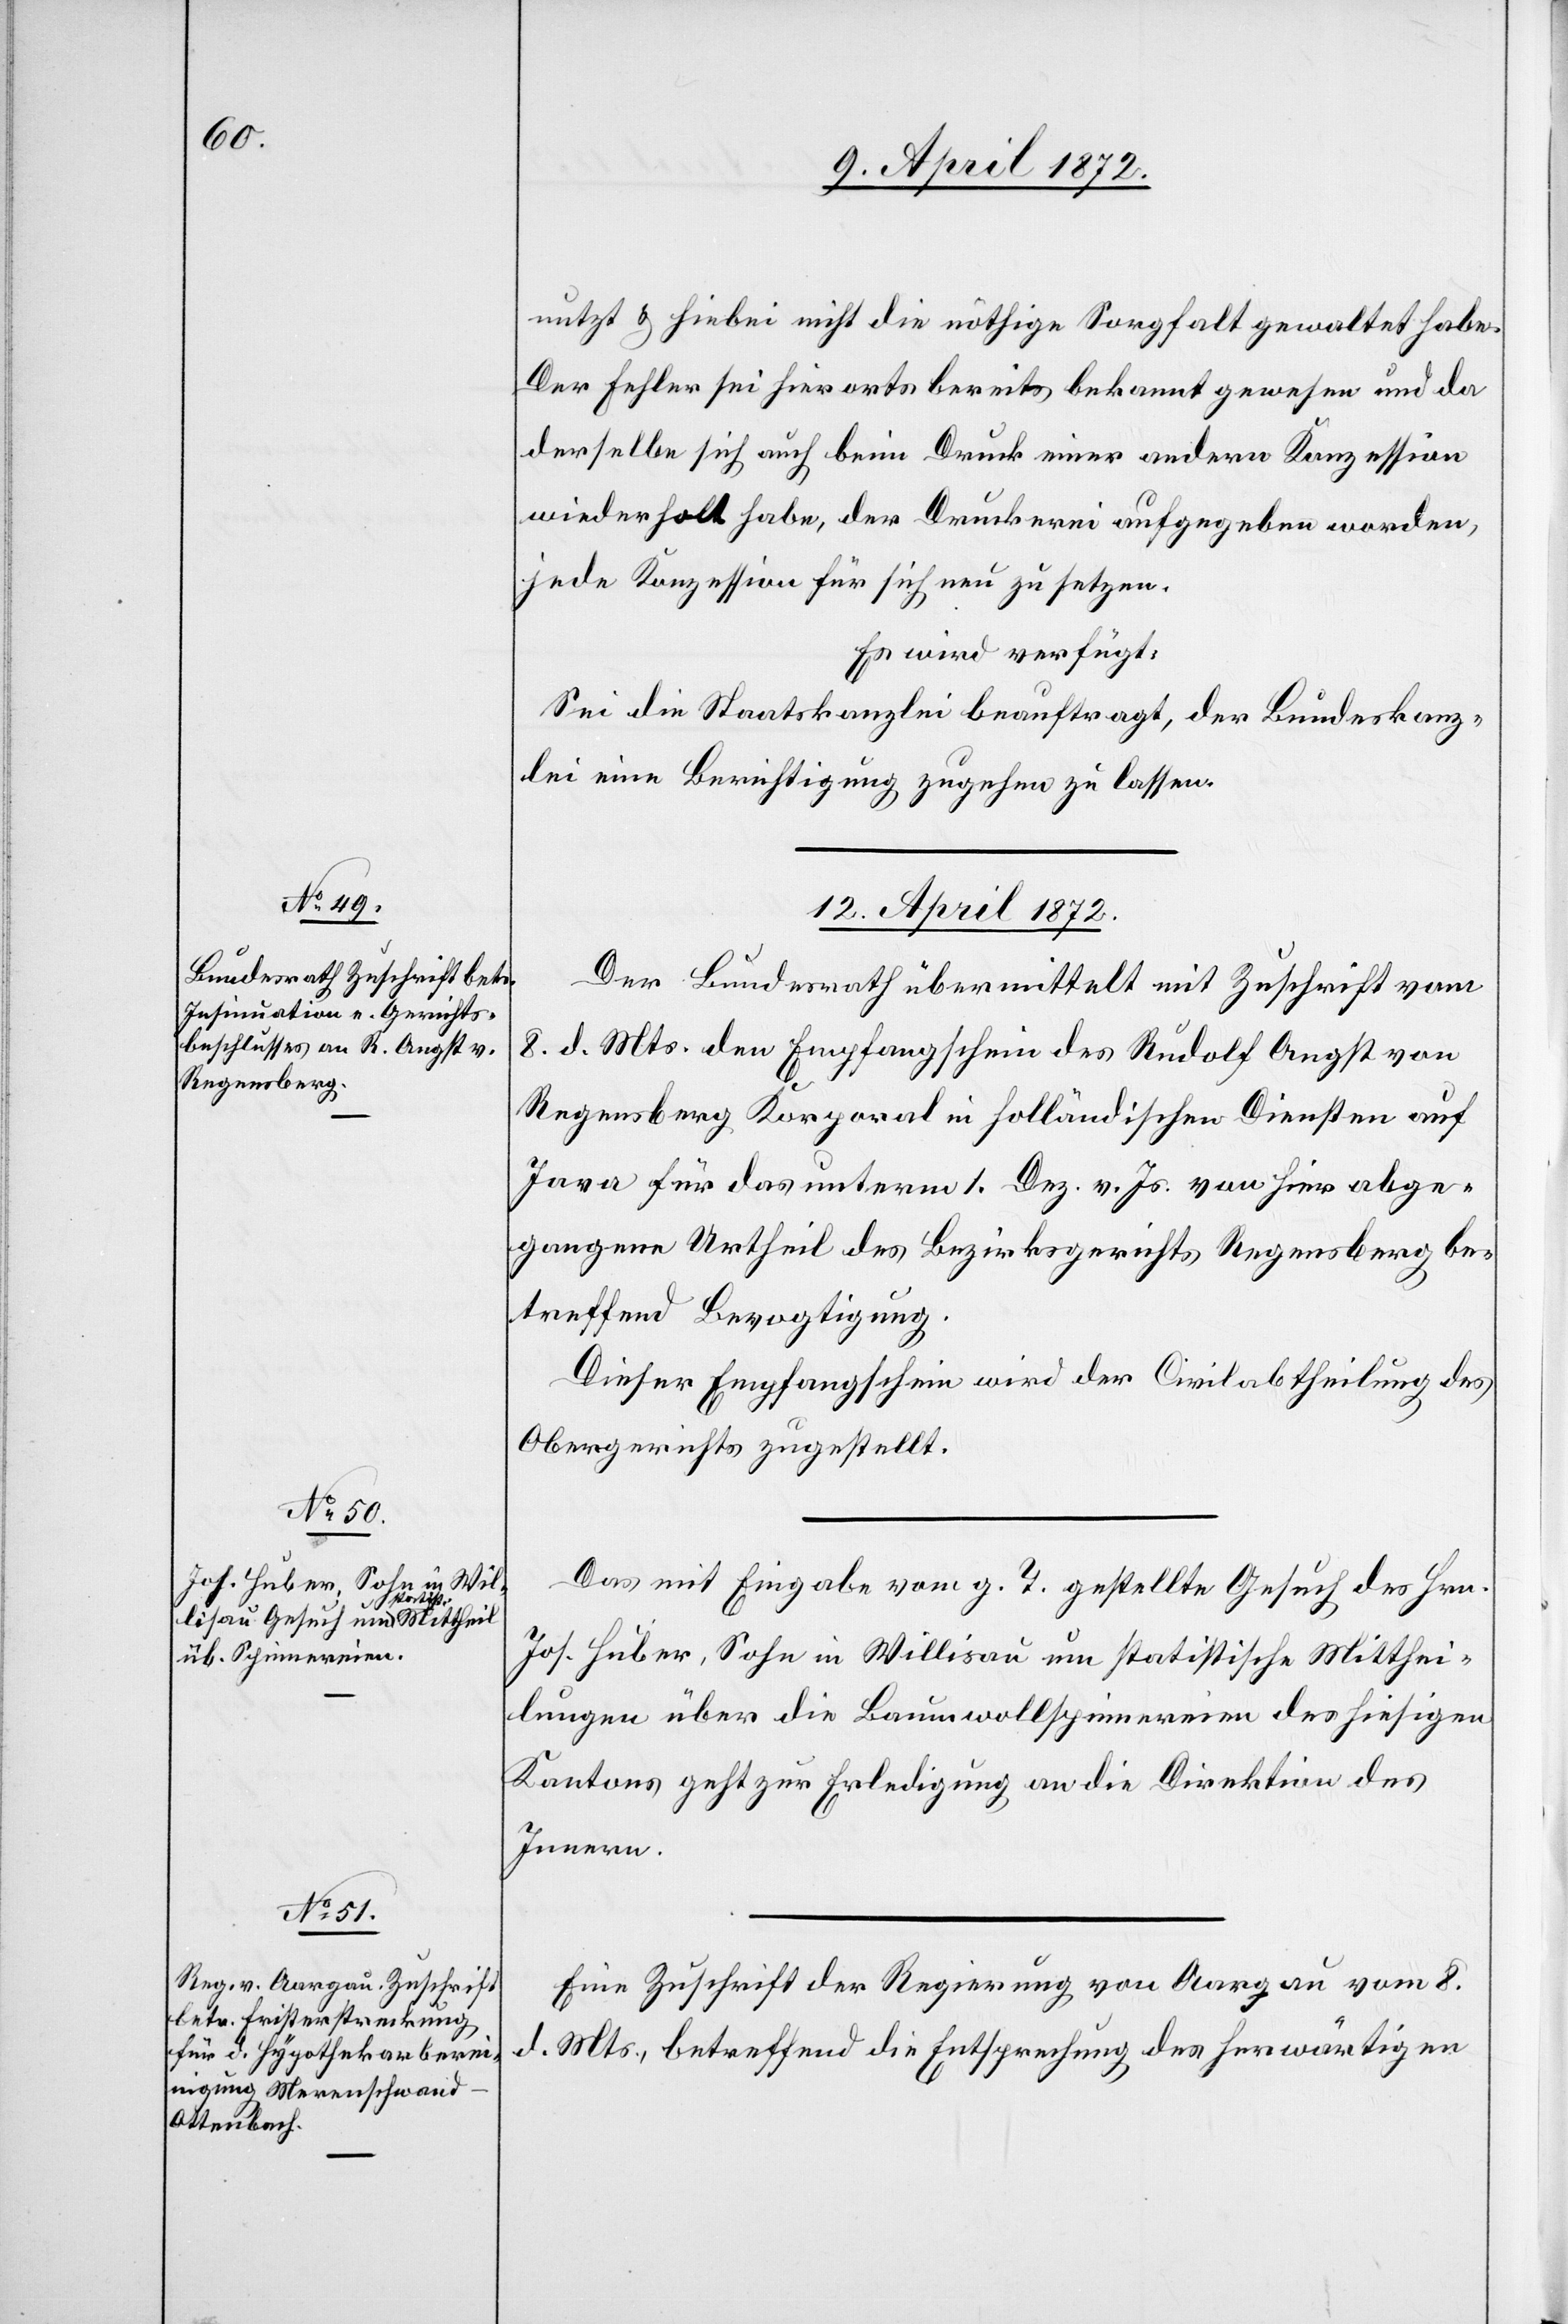
nutzt u. hiebei nicht die nöthige Sorgfalt gewaltet habe.
Der Fehler sei hierorts bereits bekannt gewesen und da
derselbe sich auch beim Druck einer andern Konzession
wiederholt habe, der Druckerei aufgegeben worden,
jede Konzession für sich neu zu setzen.
Es wird verfügt:
Sei die Staatskanzlei beauftragt, der Bundeskanz¬
lei eine Berichtigung zugehen zu lassen.
12. April 1872.]
Der Bundesrath übermittelt mit Zuschrift vom
8. d. Mts. den Empfangschein des Rudolf Angst von
Regensberg Korporal in holländischen Diensten auf
Java für das unterm 1. Dez. v. Js. von hier abge¬
gangene Urtheil des Bezirksgerichts Regensberg be¬
treffend Bevogtigung.
Dieser Empfangschein wird der Civilabtheilung des
Obergerichts zugestellt.
Das mit Eingabe vom g. T. gestellte Gesuch des Hrn.
Joh. Huber, Sohn in Willisau um statistische Mitthei¬
lungen über die Baumwollspinnereien des hiesigen
Kantons geht zur Erledigung an die Direktion des
Innern.
Eine Zuschrift der Regierung von Aargau vom 8.
d. Mts., betreffend die Entsprechung des herwärtigen